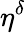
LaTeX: \eta^{\delta}